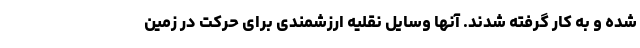
شده و به کار گرفته شدند. آنها وسایل نقلیه ارزشمندی برای حرکت در زمین